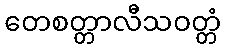
တေစတ္တာလီသဝတ္တံ